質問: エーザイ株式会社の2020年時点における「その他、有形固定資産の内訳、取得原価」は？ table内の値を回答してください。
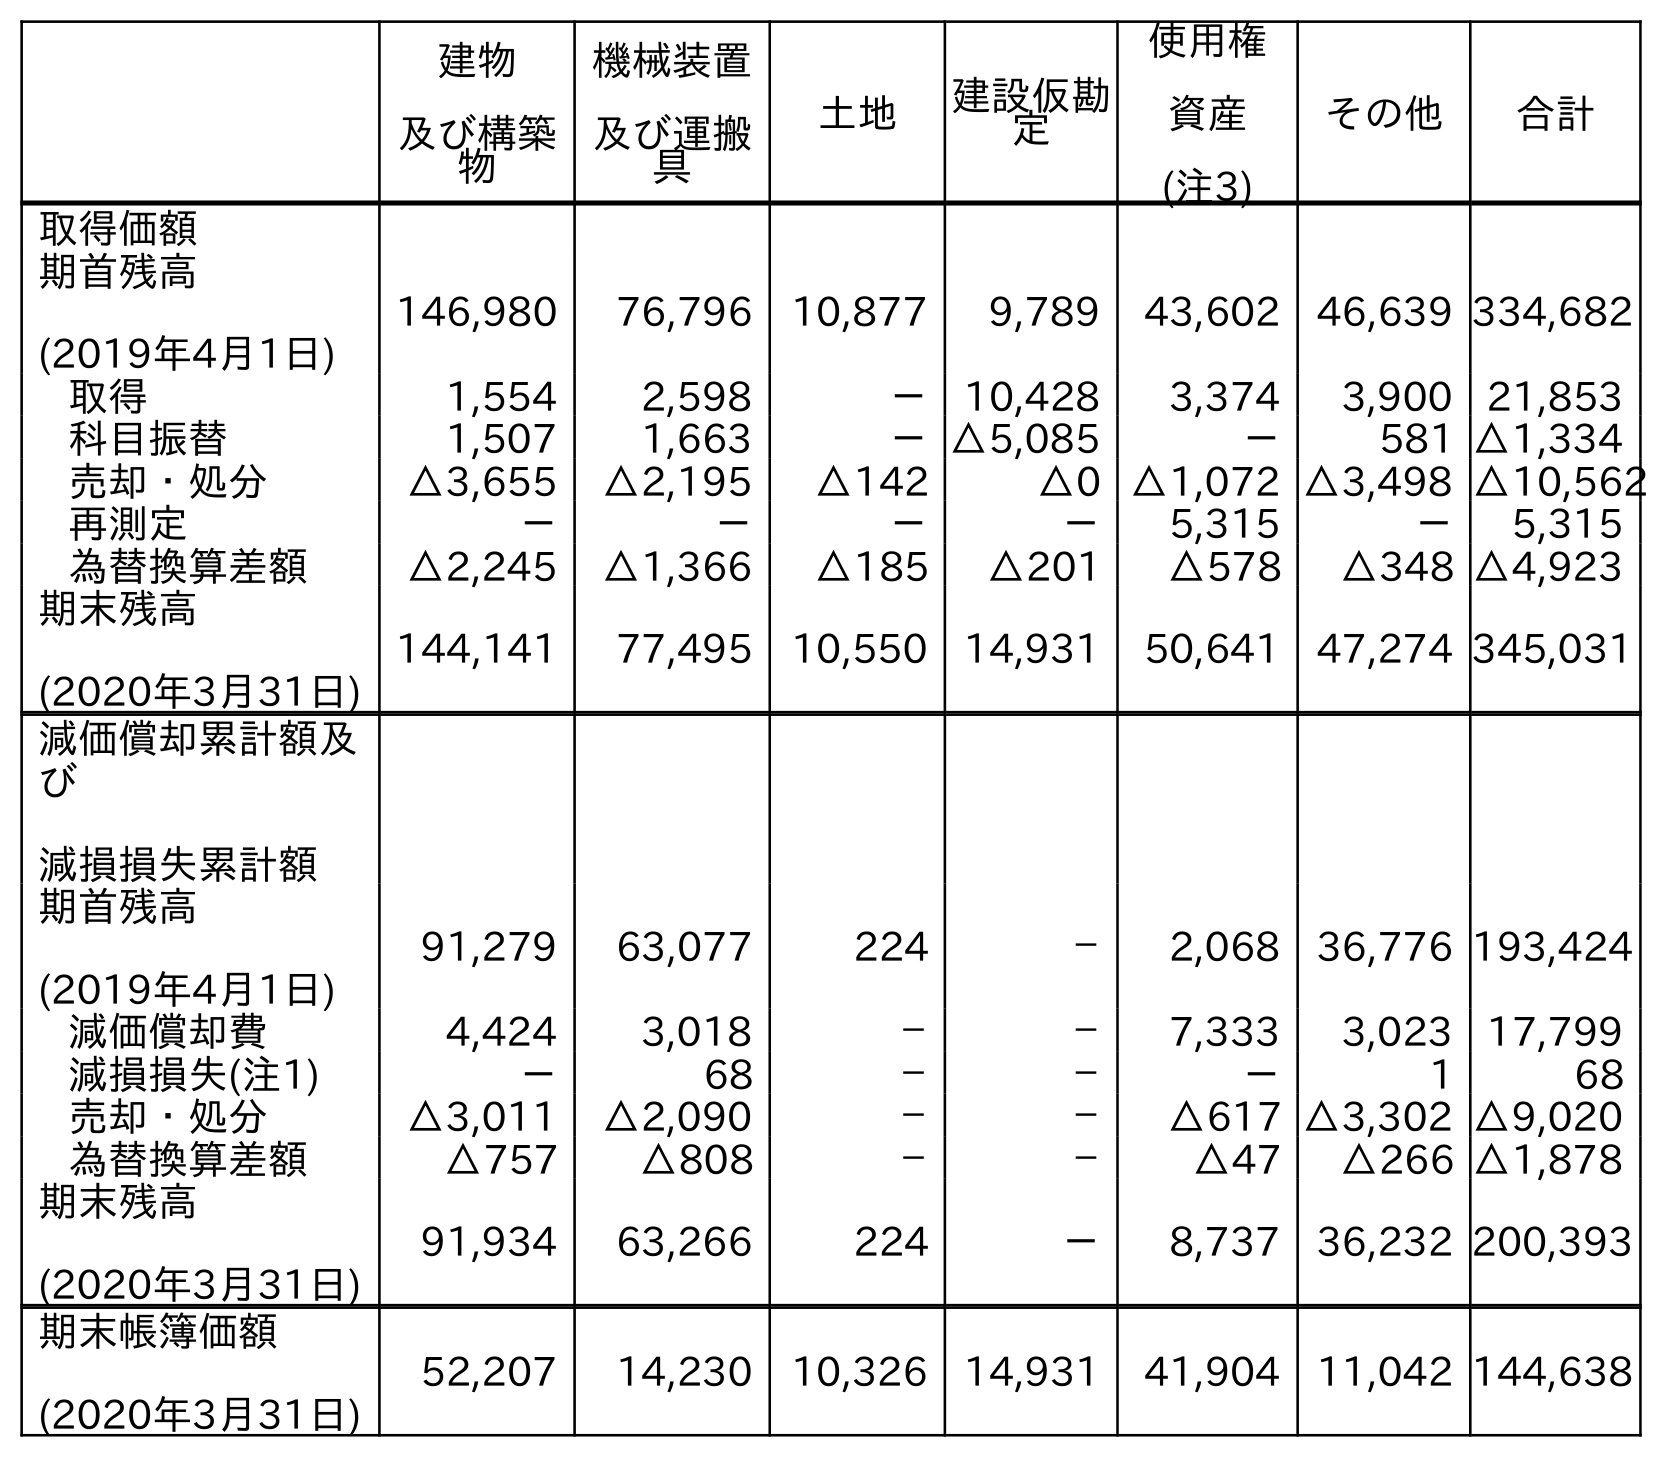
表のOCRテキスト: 建物 及び構築 物 機械装置 及び運搬 具 土地 建設仮勘 定 使用権 資産 (注3) その他 合計 取得価額 期首残高 (2019年4月1日) 146,980 76,796 10,877 9,789 43,602 46,639 334,682 取得 1,554 2,598 － 10,428 3,374 3,900 21,853 科目振替 1,507 1,663 －△5,085 － 581 △1,334 売却・処分 △3,655 △2,195 △142 △0 △1,072 △3,498 △10,562 再測定 － － － － 5,315 － 5,315 為替換算差額 △2,245 △1,366 △185 △201 △578 △348 △4,923 期末残高 (2020年3月31日) 144,141 77,495 10,550 14,931 50,641 47,274 345,031 減価償却累計額及 び 減損損失累計額 期首残高 (2019年4月1日) 91,279 63,077 224 － 2,068 36,776 193,424 減価償却費 4,424 3,018 － － 7,333 3,023 17,799 減損損失(注1) － 68 － － － 1 68 売却・処分 △3,011 △2,090 － － △617 △3,302 △9,020 為替換算差額 △757 △808 － － △47 △266 △1,878 期末残高 (2020年3月31日) 91,934 63,266 224 － 8,737 36,232 200,393 期末帳簿価額 (2020年3月31日) 52,207 14,230 10,326 14,931 41,904 11,042 144,638
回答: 47,274